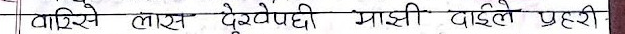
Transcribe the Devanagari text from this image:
वारिसे लाइ देउरेपदी माझी दाहिले प्रहरी